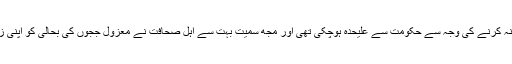
مسلم لیگ(ن) معزول ججوں کو بحال نہ کرنے کی وجہ سے حکومت سے علیحدہ ہوچکی تھی اور مجھ سمیت بہت سے اہل صحافت نے معزول ججوں کی بحالی کو اپنی زندگی اور موت کا مسئلہ بنا رکھا تھا۔